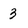
Character: 3